Subject: cs
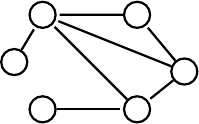
LaTeX code:
  \begin{tikzpicture}[shorten >=1pt,auto,node distance=1cm,-,
    thick,base node/.style={circle,draw,minimum size=48pt}, real node/.style={double,circle,draw,minimum size=50pt},scale = 1.2]

    \node[shape=circle,draw=black](0) at(0,0) []{};
    \node[shape=circle,draw=black](1) at(1,0) []{};
    \node[shape=circle,draw=black](2) at(0,1) []{};
    \node[shape=circle,draw=black](3) at(1,1) []{};
    \node[shape=circle,draw=black](4) at(-0.3,0.5) []{};
    \node[shape=circle,draw=black](5) at(1.5,0.4) []{};

    \path[]
    (0) edge []node {} (1)
    (1) edge []node {} (2)
    (4) edge []node {} (2)
    (5) edge []node {} (1)
    (5) edge []node {} (2)
    (3) edge []node {} (2)
    (5) edge []node {} (3);
 \end{tikzpicture}